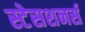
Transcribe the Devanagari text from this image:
स्टेसशनर्स